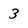
Character: 3